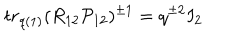
t r _ { q ( 1 ) } ( R _ { 1 2 } { \cal P } _ { 1 2 } ) ^ { \pm 1 } = q ^ { \pm 2 } I _ { 2 }